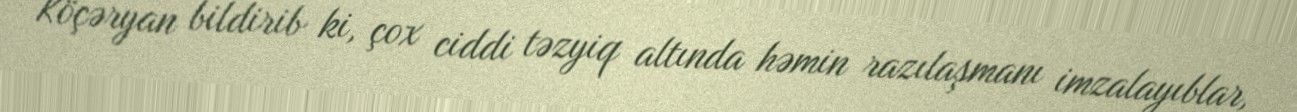
Köçəryan bildirib ki, çox ciddi təzyiq altında həmin razılaşmanı imzalayıblar,